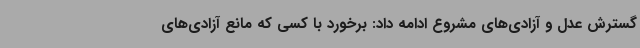
گسترش عدل و آزادی‌های مشروع ادامه داد: برخورد با کسی که مانع آزادی‌های